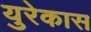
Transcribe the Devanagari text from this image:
युरेकास